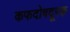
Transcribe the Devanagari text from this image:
कफदोषदूरक